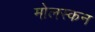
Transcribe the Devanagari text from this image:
मोलस्कन